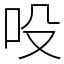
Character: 吺